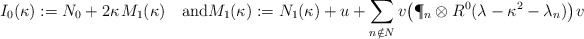
\begin{align*}I_0(\kappa):=N_0+2\kappa\;\!M_1(\kappa)\quad\hbox{and}M_1(\kappa):=N_1(\kappa)+u+\sum_{n\notin N}v\big(\P_n \otimes R^0(\lambda-\kappa^2-\lambda_n)\big)\;\!v\end{align*}